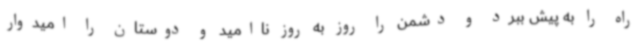
راه را به پیش ببرد و دشمن را روز به روز ناامید و دوستان را امیدوار